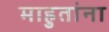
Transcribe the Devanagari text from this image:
माहुतांना